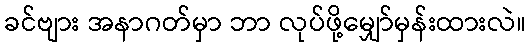
ခင်ဗျား အနာဂတ်မှာ ဘာ လုပ်ဖို့မျှော်မှန်းထားလဲ။